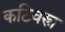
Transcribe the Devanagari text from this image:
कटिवस्त्र